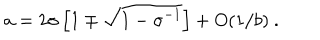
{ { a } } = 2 \sigma \left[ 1 \mp \sqrt { 1 - \sigma ^ { - 1 } } \right] + O ( 1 / { { b } } ) \ .